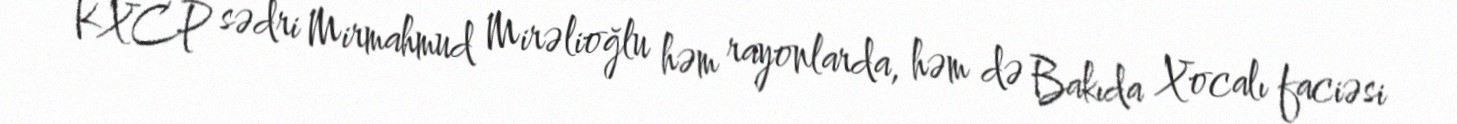
KXCP sədri Mirmahmud Mirəlioğlu həm rayonlarda, həm də Bakıda Xocalı faciəsi